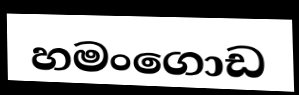
හමංගොඩ